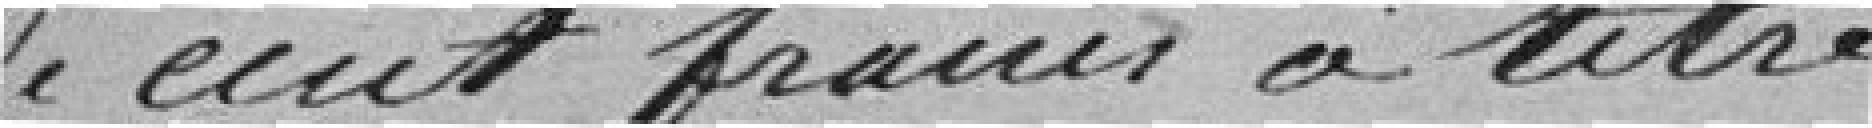
De cent francs à titre